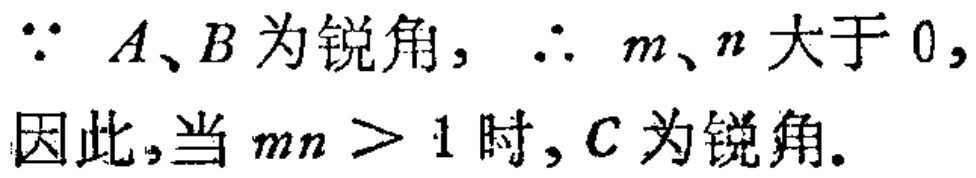
\(\because A、B为锐角，\therefore m、n大于0,\\因此，当mn > 1时，C为锐角.\)